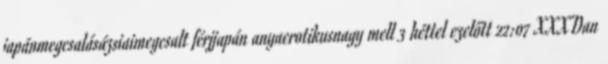
japánmegcsalásázsiaimegcsalt férjjapán anyaerotikusnagy mell 3 héttel ezelőtt 22:07 XXXDan